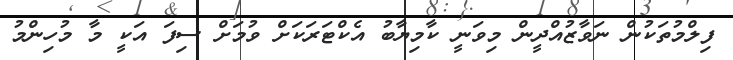
ފިލްމުތަކުން ނަވާޒުއްދީން މިވަނީ ކާމިޔާބު އެކްޓަރަކަށް ވުމަށް ސިފަ އަކީ މާ މުހިންމު